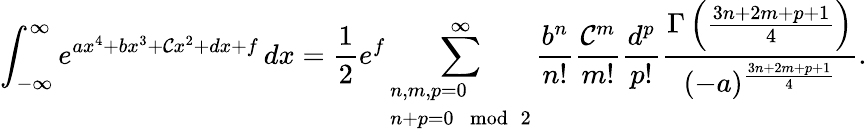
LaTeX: \int_{-\infty}^{\infty}e^{ax^{4}+bx^{3}+\mathcal{C}x^{2}+dx+f}\, dx={\frac{{1}}{{2}}}e^{f}\sum_{\begin{array}{l}{n,m,p=0}\\ {n+p=0\mod 2}\end{array}}^{\infty}{\frac{{b^{n}}}{{n!}}}{\frac{{\mathcal{C}^{m}}}{{m!}}}{\frac{{d^{p}}}{{p!}}}{\frac{{\Gamma\left({\frac{{3n+2m+p+1}}{{4}}}\right)}}{{(-a)^{\frac{{3n+2m+p+1}}{{4}}}}}}.